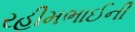
રહીમભાઈની